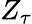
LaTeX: Z_{\tau}